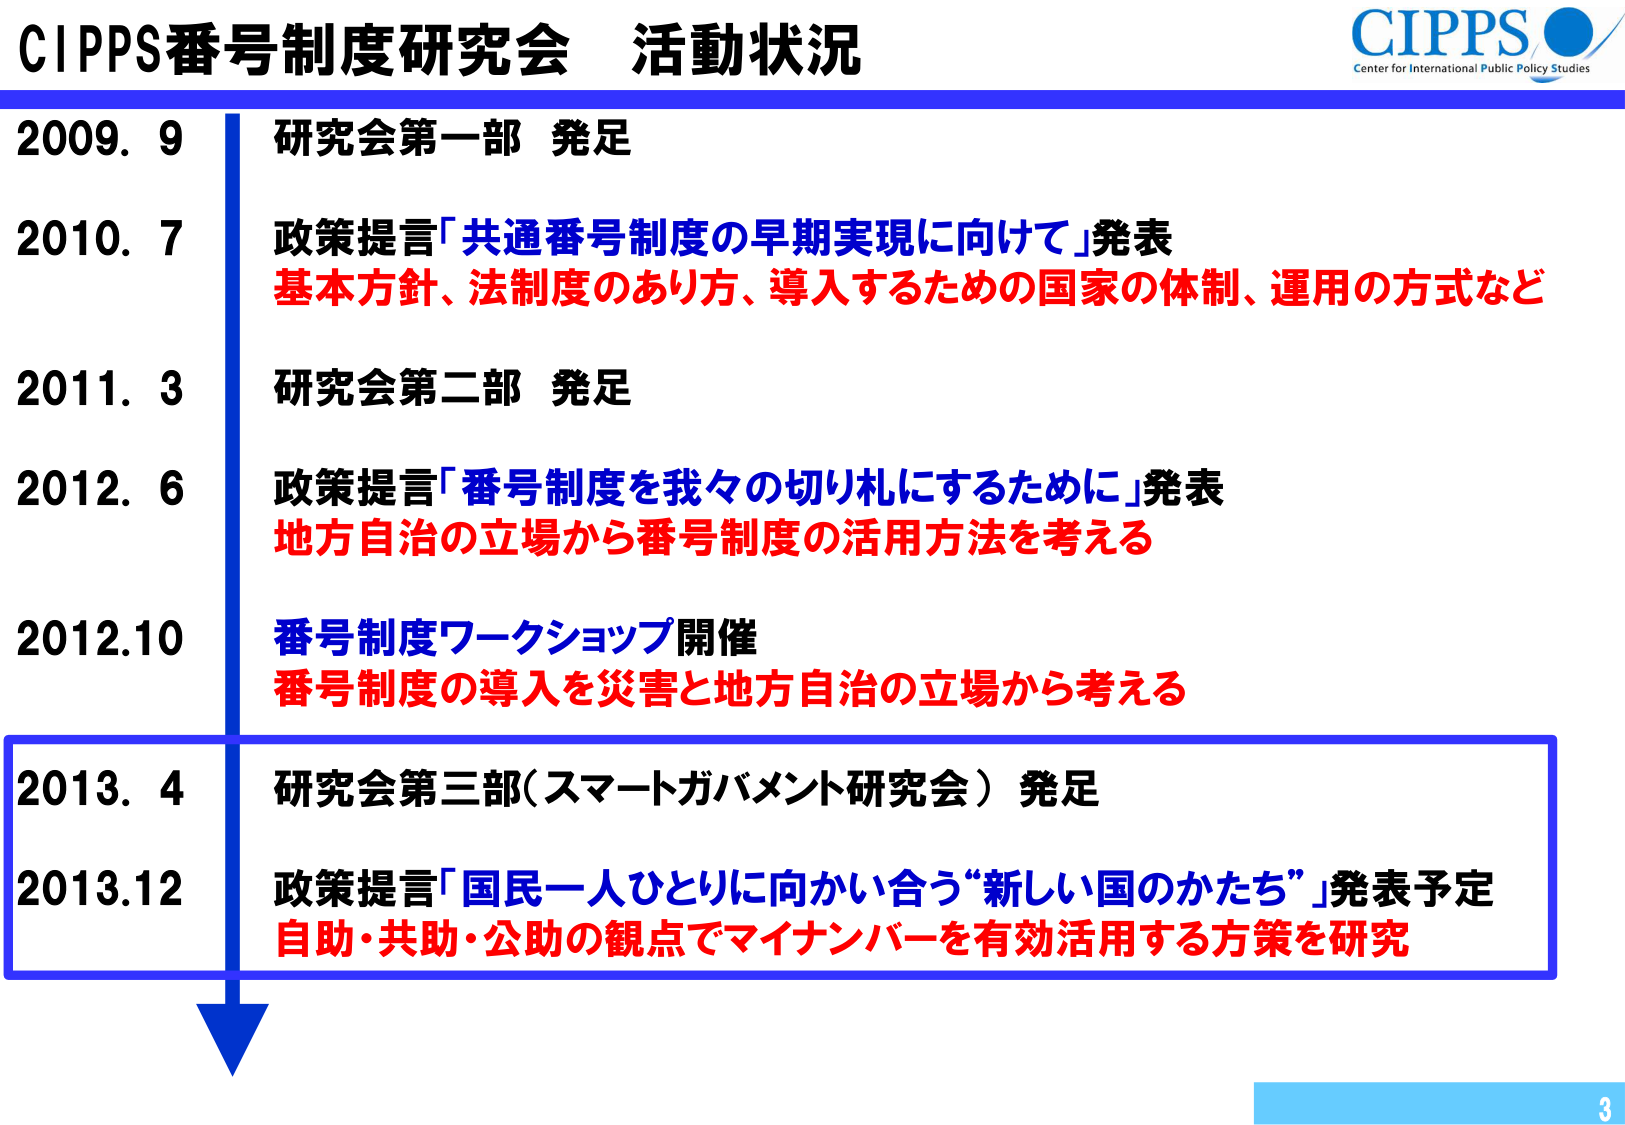
CIPPS番号制度研究会 活動状況
CIPPS
Center for International Public Policy Studies

2009. 9 研究会第一部 発足
2010. 7 政策提言「共通番号制度の早期実現に向けて」発表
基本方針、法制度のあり方、導入するための国家の体制、運用の方式など
2011. 3 研究会第二部 発足
2012. 6 政策提言「番号制度を我々の切り札にするために」発表
地方自治の立場から番号制度の活用方法を考える
2012.10 番号制度ワークショップ開催
番号制度の導入を災害と地方自治の立場から考える
2013. 4 研究会第三部（スマートガバメント研究会）発足
2013.12 政策提言「国民一人ひとりに向かい合う“新しい国のかたち”」発表予定
自助・共助・公助の観点でマイナンバーを有効活用する方策を研究

3